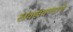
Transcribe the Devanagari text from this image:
खवखवण्याचे